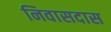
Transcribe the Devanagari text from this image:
निवासदास